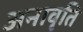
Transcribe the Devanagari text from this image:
अनावृति